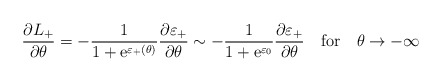
\begin{align*}\frac{\partial L_{+}}{\partial \theta }=-\frac{1}{1+\mathrm{e}^{\varepsilon _{+}(\theta )}}\frac{\partial \varepsilon _{+}}{\partial \theta }\sim -\frac{1}{1+\mathrm{e}^{\varepsilon _{0}}}\frac{\partial \varepsilon _{+}}{\partial \theta }\quad \mathrm{for}\quad \theta \rightarrow -\infty\end{align*}